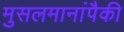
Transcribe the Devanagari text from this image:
मुसलमानांपैकी